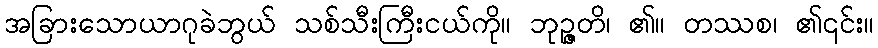
အခြားသောယာဂုခဲဘွယ် သစ်သီးကြီးငယ်ကို။ ဘုဉ္ဇတိ၊ ၏။ တဿစ၊ ၏၎င်း။